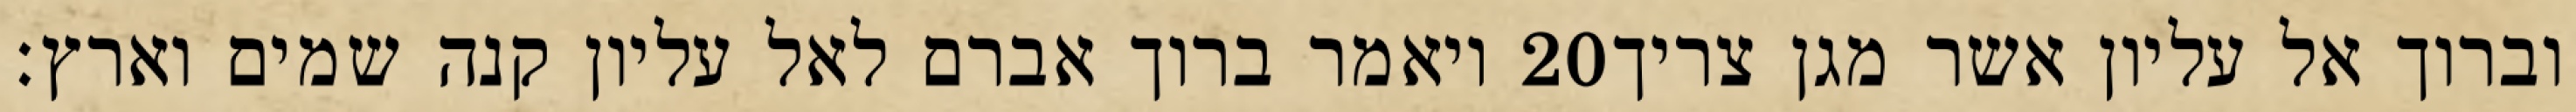
ויאמר ברוך אברם לאל עליון קנה שמים וארץ׃ ‎20‏ וברוך אל עליון אשר מגן צריך